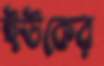
ইউকের